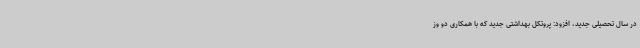
در سال تحصیلی جدید، افزود: پروتکل بهداشتی جدید که با همکاری دو وز